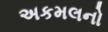
અકમલનો